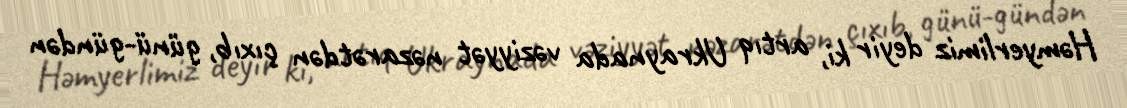
Həmyerlimiz deyir ki, artıq Ukraynada vəziyyət nəzarətdən çıxıb, günü-gündən